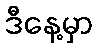
ဒီနေ့မှာ